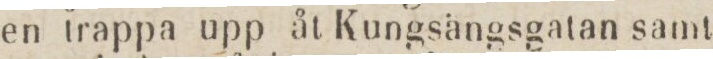
en trappa upp åt Kungsängsgatan samt